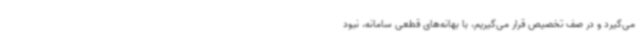
می‌گیرد و در صف تخصیص قرار می‌گیریم، با بهانه‌های قطعی سامانه، نبود